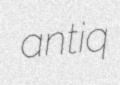
antiq